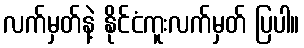
လက်မှတ်နဲ့ နိုင်ငံကူးလက်မှတ် ပြပါ။